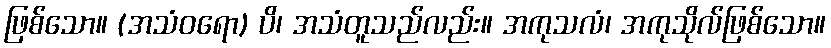
ဖြစ်သော။ (အသံဝရော) ပိ၊ အသံတူသည်လည်း။ အကုသလံ၊ အကုသိုလ်ဖြစ်သော။